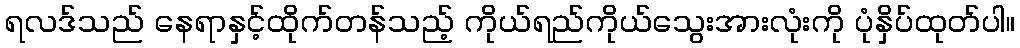
ရလဒ်သည် နေရာနှင့်ထိုက်တန်သည့် ကိုယ်ရည်ကိုယ်သွေးအားလုံးကို ပုံနှိပ်ထုတ်ပါ။